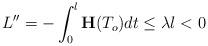
LaTeX: \begin{align*}L''=-\int_0^l\mathbf{H}(T_o)dt\leq \lambda l<0\end{align*}